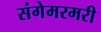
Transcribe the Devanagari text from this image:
संगेमरमरी